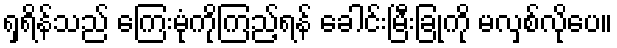
ရှရိန်သည် ကြေးမုံကိုကြည့်ရန် ခေါင်းမြီးခြုံကို မလှစ်လိုပေ။